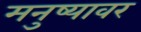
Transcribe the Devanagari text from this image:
मनुष्यावर